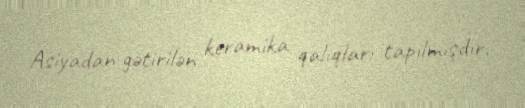
Asiyadan gətirilən keramika qalıqları tapılmışdır.